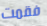
فقمت